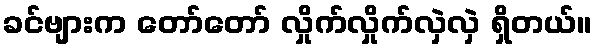
ခင်ဗျားက တော်တော် လှိုက်လှိုက်လှဲလှဲ ရှိတယ်။